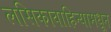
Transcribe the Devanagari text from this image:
लसिकावाहिन्यामधून